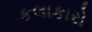
કલાકારો